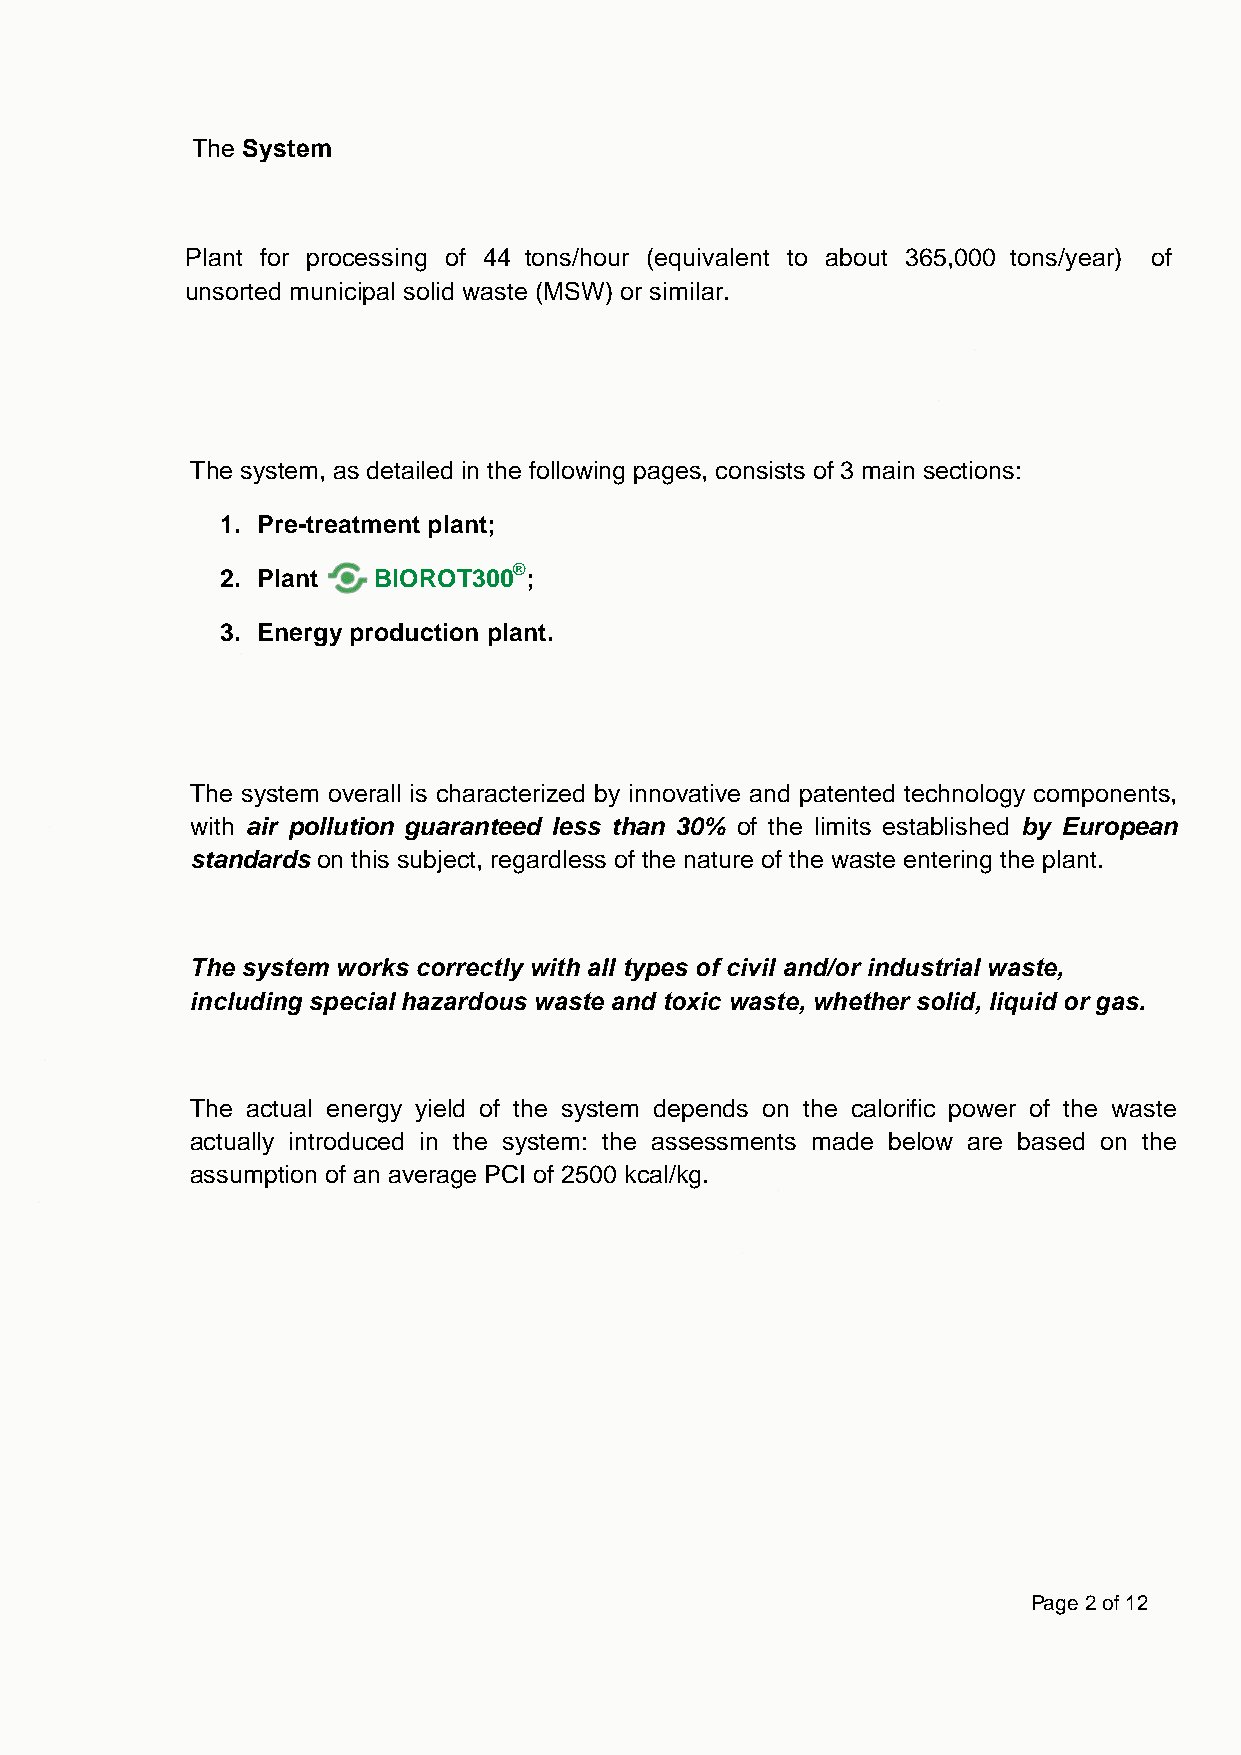
The System
 Plant for processing of 44 tons/hour (equivalent to about 365,000 tons/year) of
 unsorted municipal solid waste (MSW) or similar.
 The system, as detailed in the following pages, consists of 3 main sections:
 1. Pre-treatment plant;
 2. Plant
 BIOROT300®
 ;
 3. Energy production plant.
 The system overall is characterized by innovative and patented technology components,
 with air pollution guaranteed less than 30% of the limits established by European
 standards on this subject, regardless of the nature of the waste entering the plant.
 The system works correctly with all types of civil and/or industrial waste,
 including special hazardous waste and toxic waste, whether solid, liquid or gas.
 The actual energy yield of the system depends on the calorific power of the waste
 actually introduced in the system: the assessments made below are based on the
 assumption of an average PCI of 2500 kcal/kg.
 Page 2 of 12